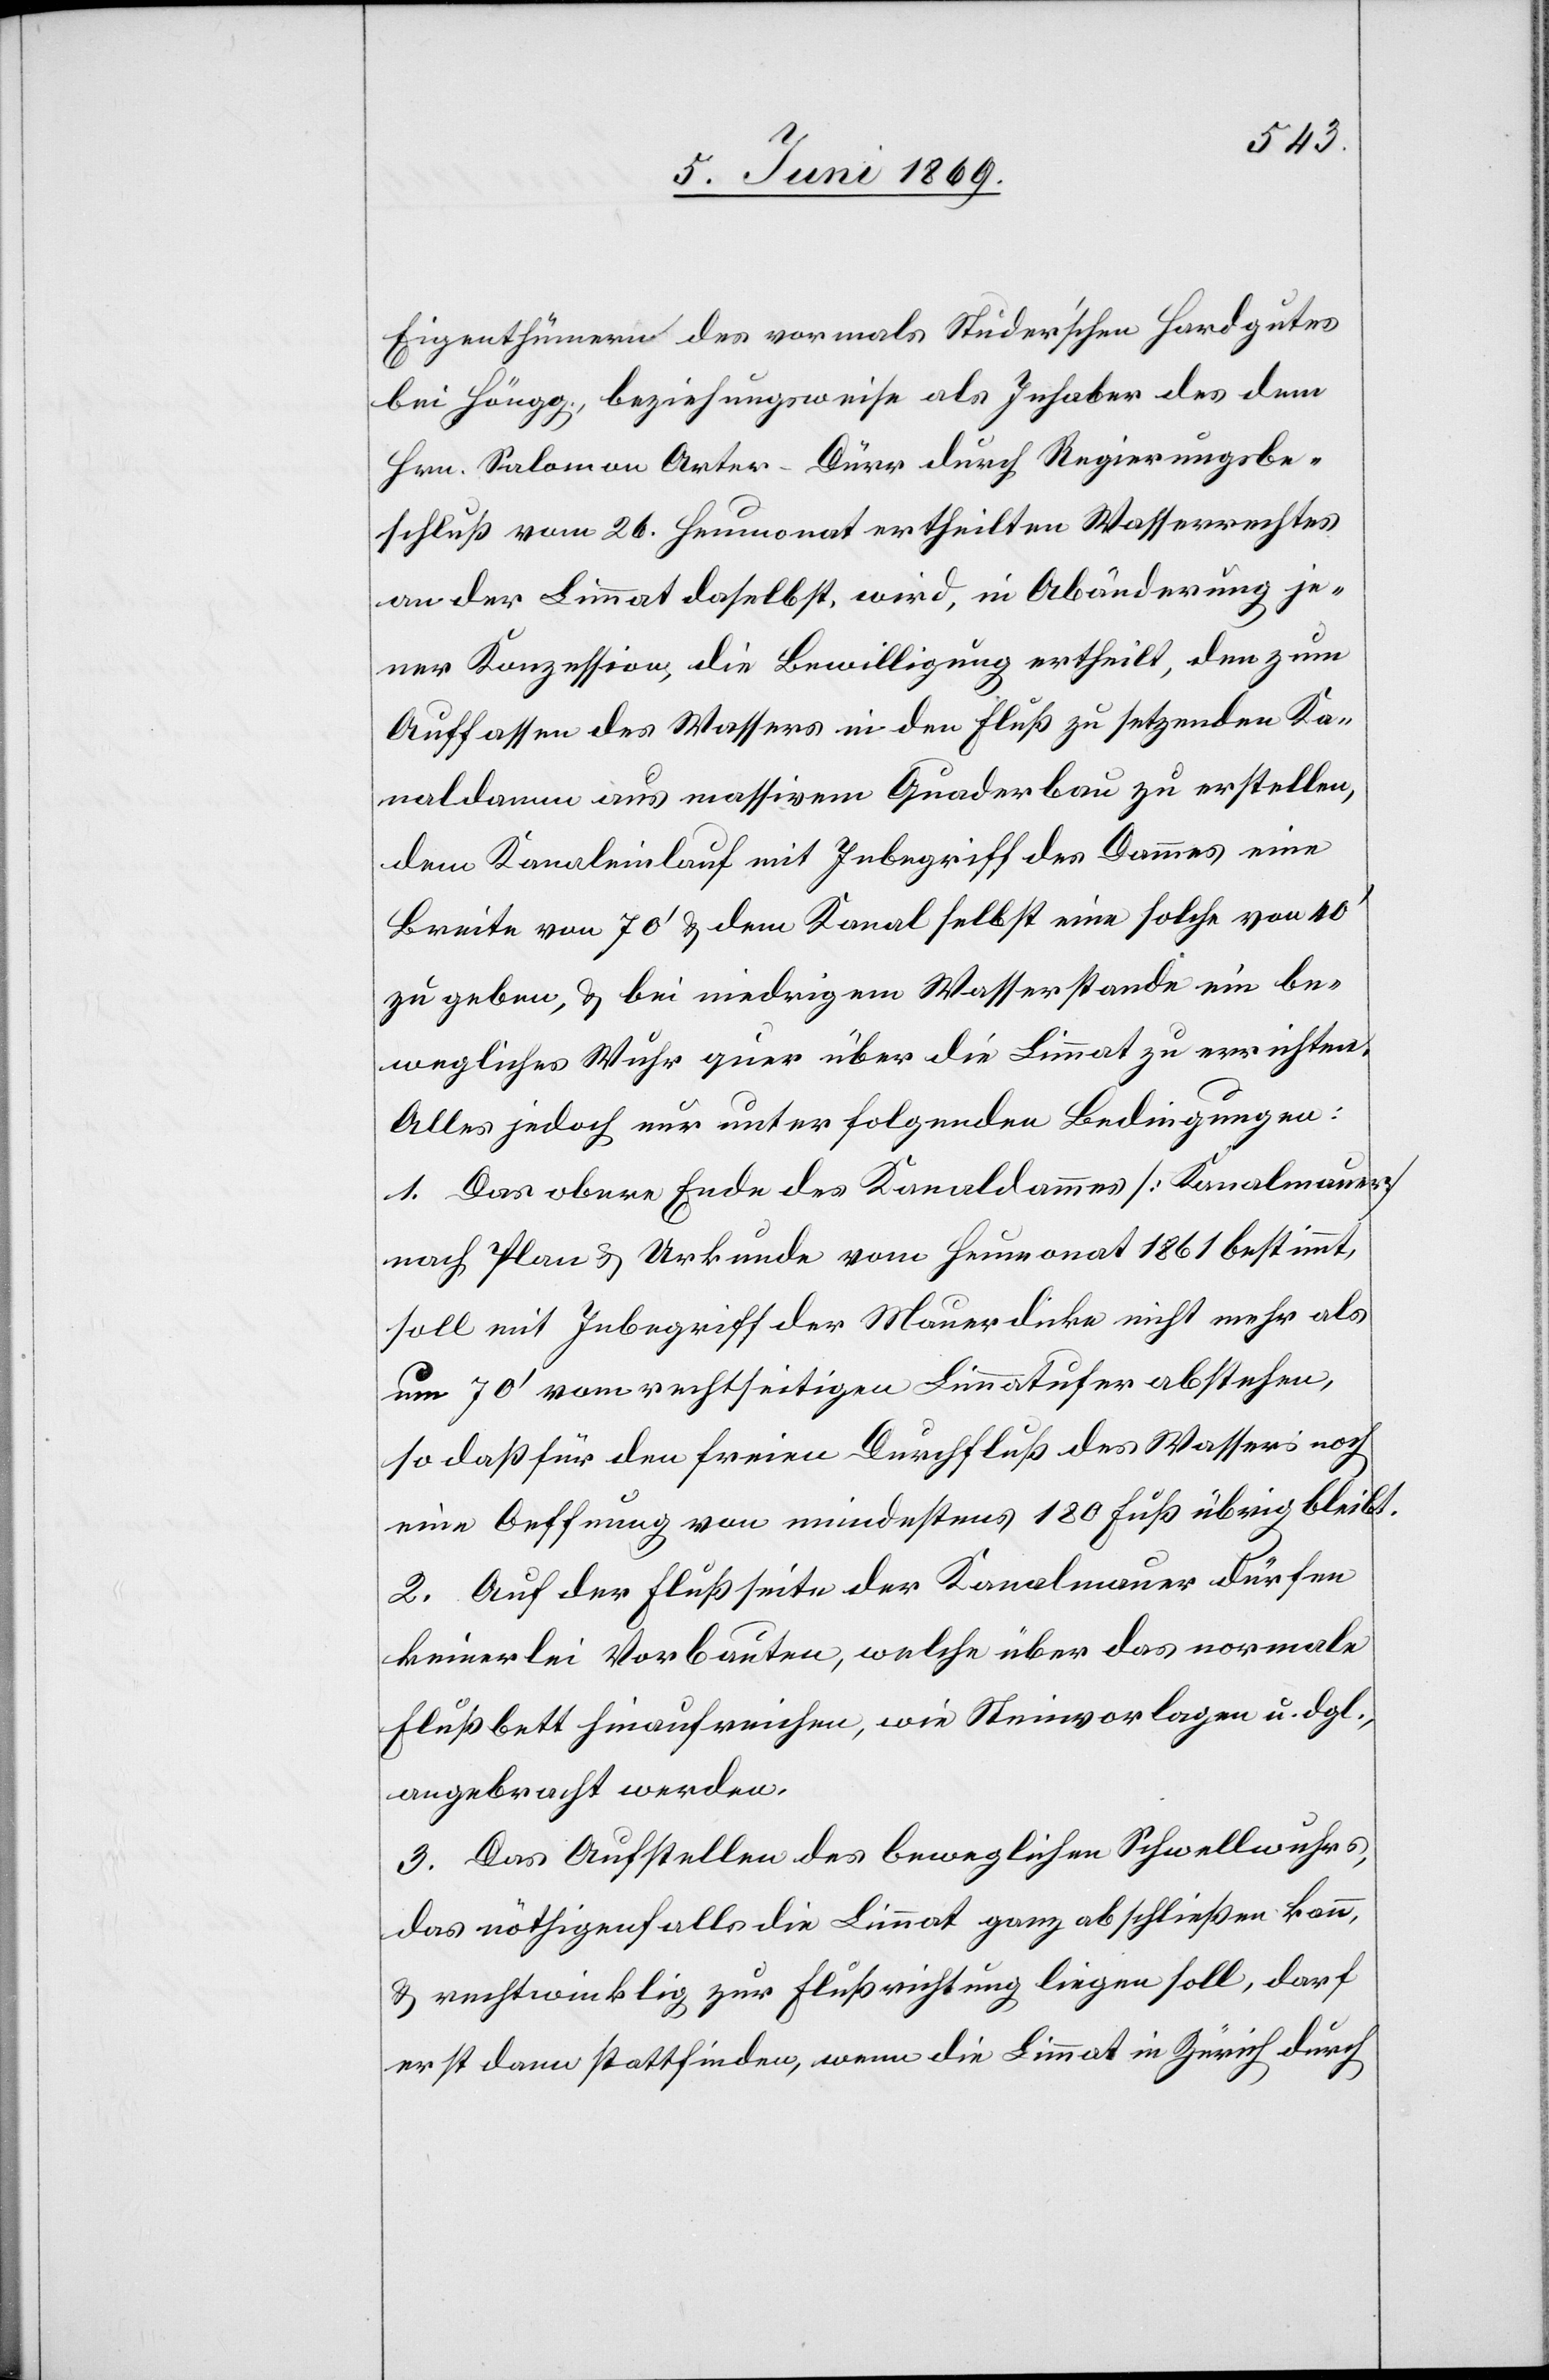
Eigenthümern des vormals Studer’schen Hardgutes
bei Höngg, beziehungsweise als Inhaber des dem
Hrn. Salomon Arter-Dürr durch Regierungsbe¬
schluß vom 26 Heumonat ertheilten Wasserrechtes
an der Limmat daselbst, wird, in Abänderung je¬
ner Konzession, die Bewilligung ertheilt, den zum
Auffassen des Wassers in den Fluß zu setzenden Ka¬
naldamm aus massivem Quaderbau zu erstellen,
den Kanaleinlauf mit Inbegriff des Dammes eine
Breite von 70’ u. dem Kanal selbst eine solche von 40’
zu geben, u. bei niedrigem Wasserstande ein be¬
wegliches Wuhr quer über die Limmat zu errichten.
Alles jedoch nur unter folgenden Bedingungen:
1. Das obere Ende des Kanaldamms [Kanalmauer]
nach Plan u. Urkunde vom Heumonat 1861 bestimmt,
soll mit Inbegriff der Mauerdicke nicht mehr als
um 70’ vom rechtseitigen Limmatufer abstehen,
so daß für den freien Durchfluß des Wassers noch
eine Oeffnung von mindestens 180 Fuß übrig bleibt.
2. Auf der Flußseite der Kanalmauer dürfen
keinerlei Vorbauten, welche über das normale
Flußbett hinaufreichen, wie Steinvorlagen u. dgl.,
angebracht werden.
3. Das Aufstellen des beweglichen Schwellwuhres,
das nöthigenfalls die Limmat ganz abschließen kann,
u. rechtwinklig zur Flußrichtung liegen soll, darf
erst dann stattfinden, wenn die Limmat in Zürich durch